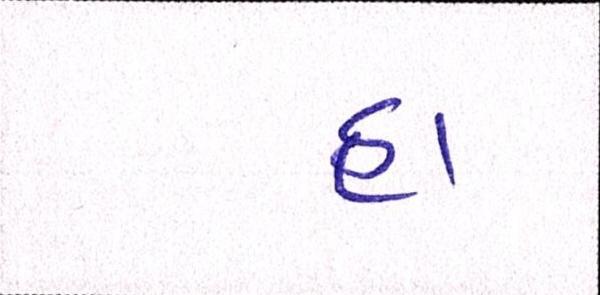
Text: હા